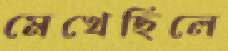
মেখেছিলে